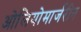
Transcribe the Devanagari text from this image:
ओलियोमार्जरीन